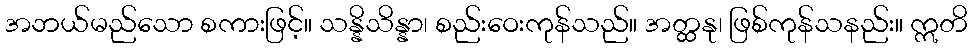
အဘယ်မည်သော စကားဖြင့်။ သန္နိသိန္နာ၊ စည်းဝေးကုန်သည်။ အတ္ထနု၊ ဖြစ်ကုန်သနည်း။ ဣတိ